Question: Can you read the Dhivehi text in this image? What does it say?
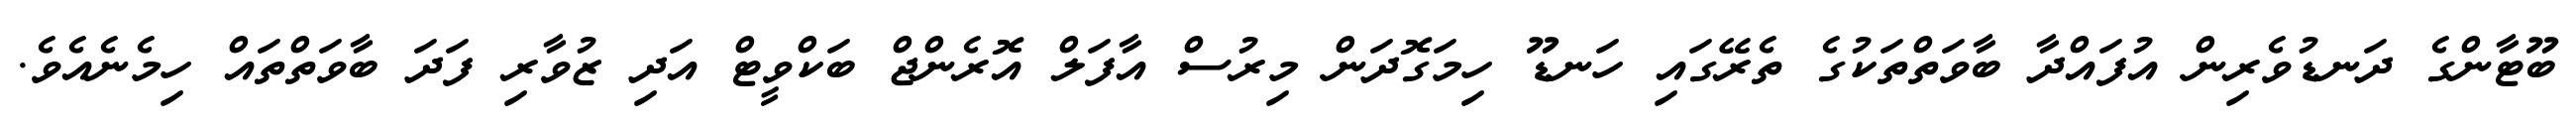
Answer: ބޫޓާންގެ ދަނޑުވެރިން އުފައްދާ ބާވަތްތަކުގެ ތެރޭގައި ހަނޑޫ ހިމަގޮދަން މިރުސް އާފަލް އޮރެންޖް ބަކްވީޓް އަދި ޒުވާރި ފަދަ ބާވަތްތައް ހިމެނެއެވެ.